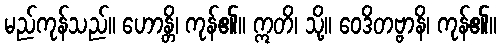
မည်ကုန်သည်။ ဟောန္တိ၊ ကုန်၏။ ဣတိ၊ သို့။ ဝေဒိတဗ္ဗာနိ၊ ကုန်၏။